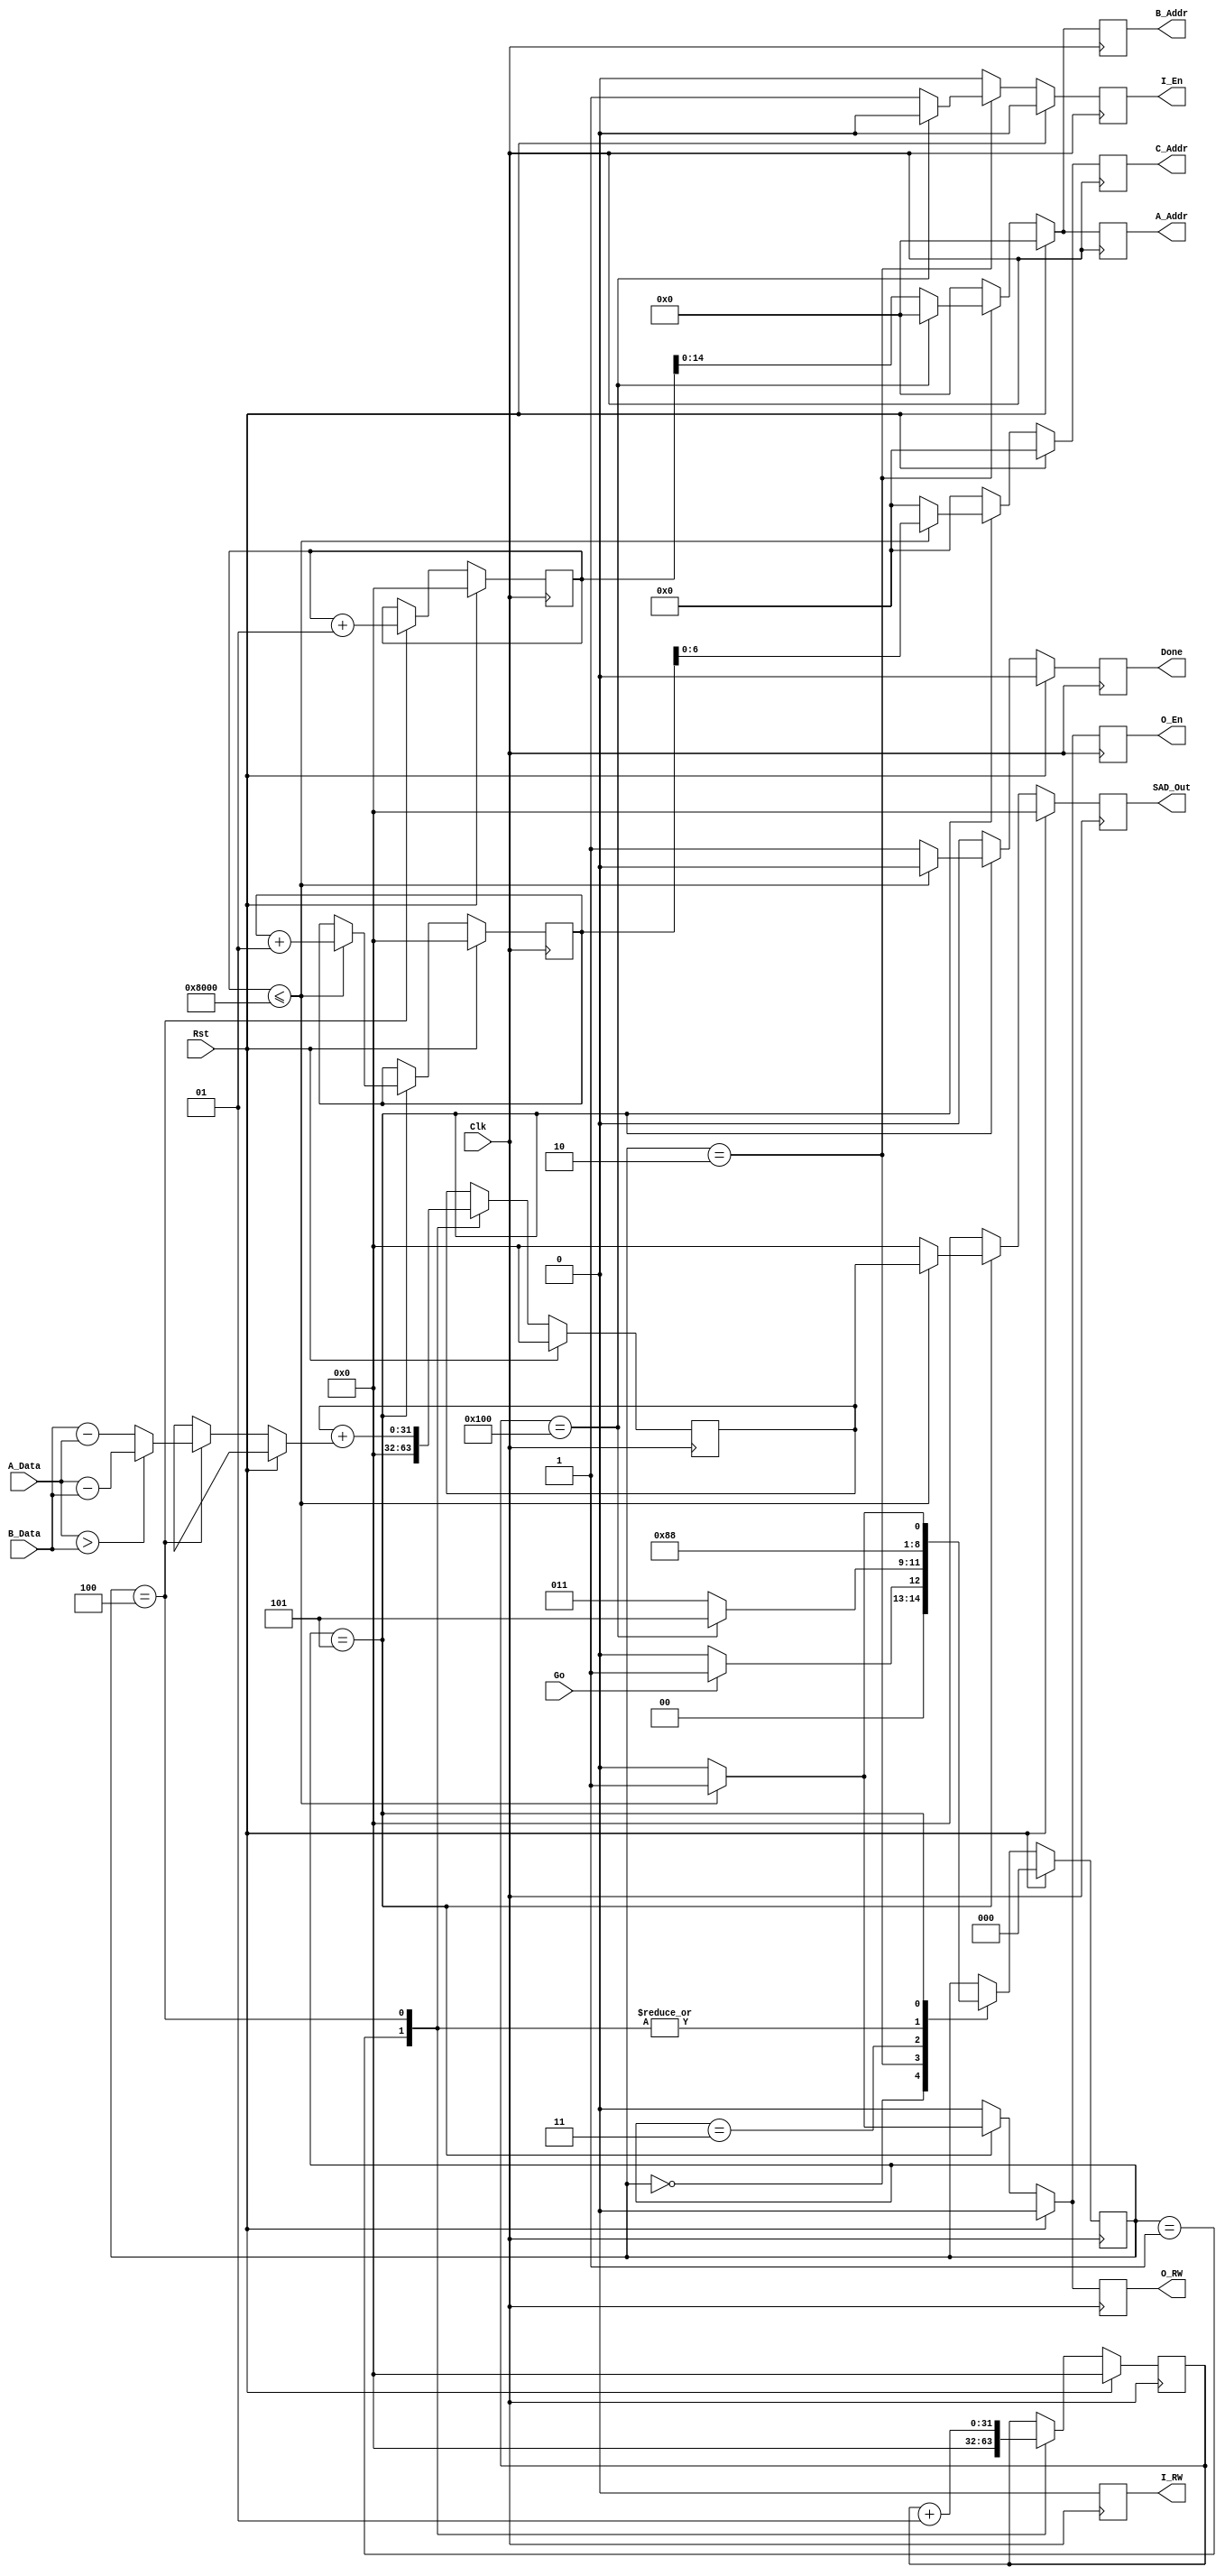
`timescale 1 ns/1 ns

module SAD(Go, A_Addr, A_Data, B_Addr, B_Data, C_Addr, I_RW, I_En, O_RW, O_En, Done, SAD_Out, Clk, Rst);

   input Go;
   input [7:0] A_Data, B_Data;
   output reg [14:0] A_Addr, B_Addr;
   output reg [6:0] C_Addr;
   output reg I_RW, I_En, O_RW, O_En, Done; 
   output reg [31:0] SAD_Out;
   input Clk, Rst;

   parameter S0 = 3'b000, S1 = 3'b001,
             S2 = 3'b010, S3a = 3'b011, 
             S3 = 3'b100, S4 = 3'b101;

   reg [2:0] State;
   reg [31:0] Sum;
   integer I,J,K;

   function [7:0] ABSDiff;
      input [7:0] A;
      input [7:0] B;
      if (A>B) ABSDiff = A - B;
      else ABSDiff = B - A;
   endfunction

   always @(posedge Clk) begin
      if (Rst==1'b1) begin
         A_Addr <= {15{1'b0}};
         B_Addr <= {15{1'b0}};
	 C_Addr <= {7{1'b0}};
         I_RW <= 1'b0;
         I_En <= 1'b0;
	 O_RW <= 1'b0;
         O_En <= 1'b0;
         Done <= 1'b0;
         State <= S0;
         Sum <= 32'b0;
         SAD_Out <= 32'b0;
         I <= 0;
	 J <= 0;
	 K <= 0;
      end
      else begin
         A_Addr <= {15{1'b0}};
         B_Addr <= {15{1'b0}};
	 C_Addr <= {7{1'b0}};
         I_RW <= 1'b0;
         I_En <= 1'b0;
	 O_RW <= 1'b0;
         O_En <= 1'b0;
         Done <= 1'b0;
         SAD_Out <= 32'b0;
           
          case (State)
               S0: begin
                    if (Go==1'b1)
                      State <= S1;
                    else
                      State <= S0;
                   end
               S1: begin
                    Sum <= 32'b0;
                    J <= 0;
                    State <= S2;
                   end
    	       S2: begin
                if (!(J==256)) begin
                   State <= S3a;
                   A_Addr <= I;
                   B_Addr <= I;
                   I_RW <= 1'b0;
                   I_En <= 1'b1; 
                 end
                 else
                   State <= S4;
                end
            S3a: 
               State <= S3;
            
            S3: begin
                 Sum <= Sum + ABSDiff(A_Data, B_Data);
                 I <= I + 1;
		 J <= J + 1;
                 State <= S2;
                end
            S4: begin
		if(I<=32768) begin
		   SAD_Out <= Sum;
		   C_Addr <= K;
		   K <= K + 1;
		   O_RW <= 1'b1;
        	   O_En <= 1'b1;
                   State <= S1; 
                end
		else begin
		  State <= S0;
		  Done <= 1'b1;
		end
		end
         endcase
      end
   end

 endmodule